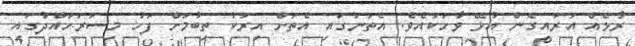
ރާޅެއް އަރައިގެން އުޅޭ ވާހަކައެވެ. އެތަނުގައި އެތަށް އިރަކު ތިބުމަށް ފަހު މިސަރަހައްދުގައި